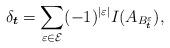
LaTeX: \begin{align*} \delta_{\boldsymbol{t}}=\sum_{\varepsilon \in \mathcal{E}}(-1)^{|\varepsilon|}I(A_{B_{\boldsymbol{t}}^{\varepsilon}}), \end{align*}